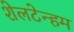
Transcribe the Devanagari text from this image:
शेलटेन्हम